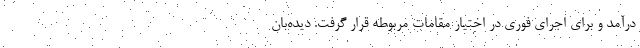
درآمد و برای اجرای فوری در اختیار مقامات مربوطه قرار گرفت. دیده‌بان